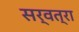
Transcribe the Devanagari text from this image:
सर्वत्रा